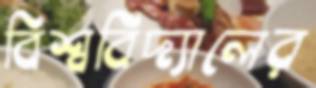
বিশ্ববিদ্যালের